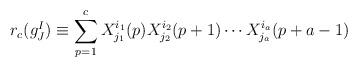
LaTeX: \begin{align*}r_c (g^I_J) \equiv \sum_{p=1}^c X^{i_1}_{j_1}(p) X^{i_2}_{j_2}(p+1) \cdots X^{i_a}_{j_a}(p+a-1)\end{align*}